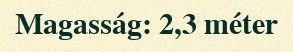
Magasság: 2,3 méter